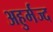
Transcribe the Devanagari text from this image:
अहुर्मज्द